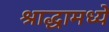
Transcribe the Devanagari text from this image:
श्राद्धामध्ये